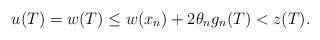
LaTeX: \begin{align*}u(T) = w(T) \leq w(x_n) + 2 \theta_n g_n (T) < z(T).\end{align*}